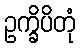
ဥက္ခိပိတုံ